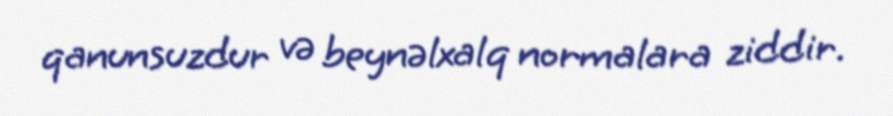
qanunsuzdur və beynəlxalq normalara ziddir.